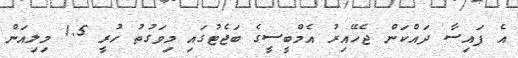
އެ ފައިސާ ދައްކަން ޖެހޭއިރު އެމްބީސީގެ ބަޖެޓުގައި މިވަގުތު ހުރީ 1.5 މިލިއަން